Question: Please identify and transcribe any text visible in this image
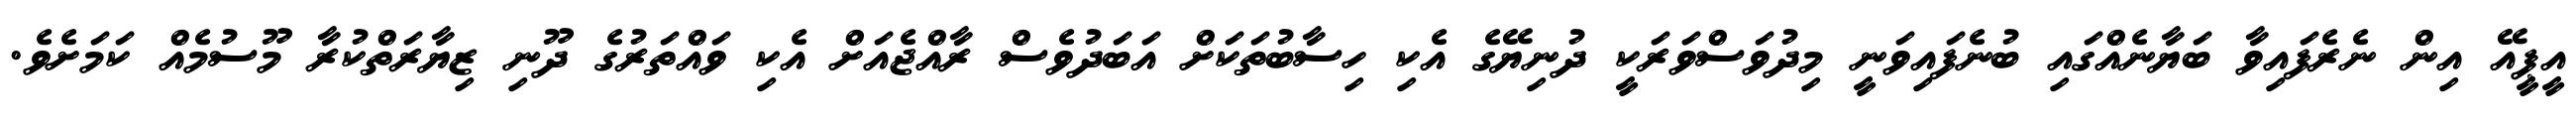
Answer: އީޕީއޭ އިން ނެރެފައިވާ ބަޔާނެއްގައި ބުނެފައިވަނީ މިދުވަސްވަރަކީ ދުނިޔޭގެ އެކި ހިސާބުތަކަށް އަބަދުވެސް ރާއްޖެއަށް އެކި ވައްތަރުގެ ދޫނި ޒިޔާރަތްކުރާ މޫސުމެއް ކަމަށެވެ.